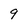
Character: 9